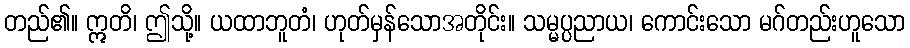
တည်၏။ ဣတိ၊ ဤသို့။ ယထာဘူတံ၊ ဟုတ်မှန်သောအတိုင်း။ သမ္မပ္ပညာယ၊ ကောင်းသော မဂ်တည်းဟူသော